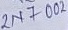
Text: 2N7002